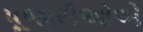
પૂજારીઓએ